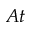
A t